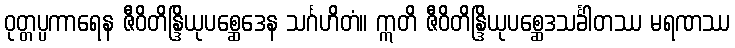
ဝုတ္တပ္ပကာရေန ဇီဝိတိန္ဒြိယုပစ္ဆေဒေန သင်္ဂဟိတံ။ ဣတိ ဇီဝိတိန္ဒြိယုပစ္ဆေဒသင်္ခါတဿ မရဏဿ